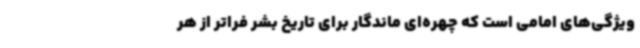
ویژگی‌های امامی است که چهره‌ای ماندگار برای تاریخ بشر فراتر از هر